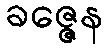
ခဇ္ဇေန